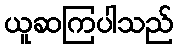
ယူဆကြပါသည်